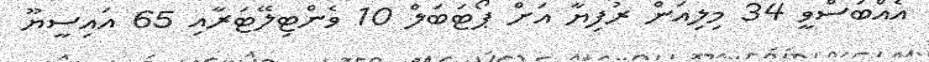
އެއްބަސްވީ 34 މިލިއަން ރުފިޔާ އަށް ޕޯޓަބަލް 10 ވެންޓިލޭޓަރާއި 65 އައިސީޔޫ